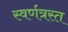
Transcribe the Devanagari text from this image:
स्वर्णत्रस्त